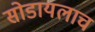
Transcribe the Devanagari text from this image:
सोडायलाच